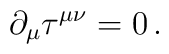
\partial_{\mu} \tau^{\mu\nu}=0 \,.